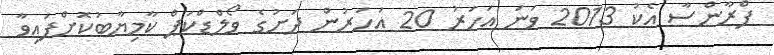
ފްރާންސާ އެކު 2013 ވަނަ އަހަރު 20 އަހަރުން ދަށުގެ ވޯލްޑްކަޕް ކާމިޔާބުކޮށްފައިވާ